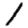
Digit: 1